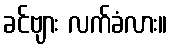
ခင်ဗျား လက်ခံလား။